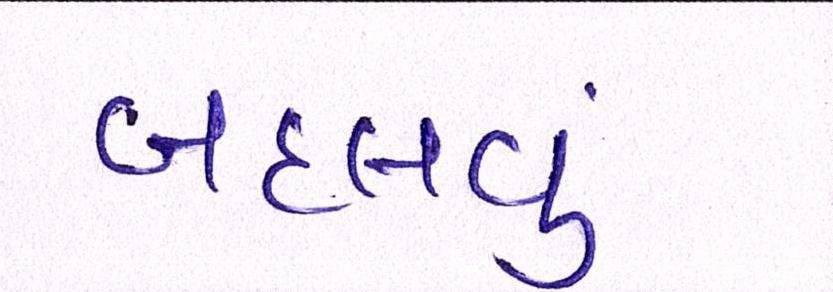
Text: બદલવું